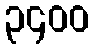
၃၄၀၀